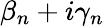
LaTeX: \beta_{n}+i\gamma_{n}